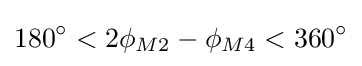
180^{\circ }<2\phi _{M2}-\phi _{M4}<360^{\circ }